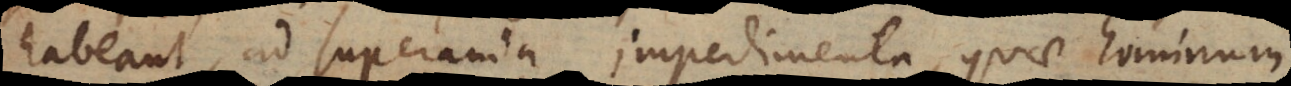
habeant, ad superanda impedimenta, quae hominum